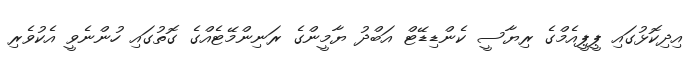
އިދިކޮޅުގައި ޕީޕީއެމްގެ ރިޔާސީ ކެންޑިޑޭޓް އަބްދު ޔާމީންގެ ރަނިންމޭޓެއްގެ ގޮތުގައި ހުންނެވީ އެކުވެރި